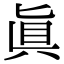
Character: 真